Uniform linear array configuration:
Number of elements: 64
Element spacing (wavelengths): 0.5
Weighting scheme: uniform
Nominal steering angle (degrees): -45
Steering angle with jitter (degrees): -45.693
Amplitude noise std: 0.05
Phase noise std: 0.05

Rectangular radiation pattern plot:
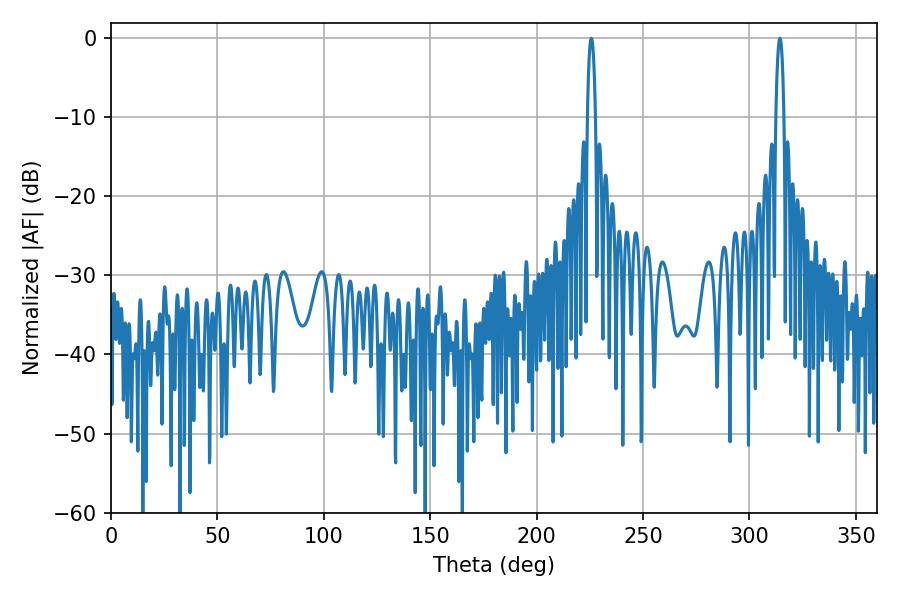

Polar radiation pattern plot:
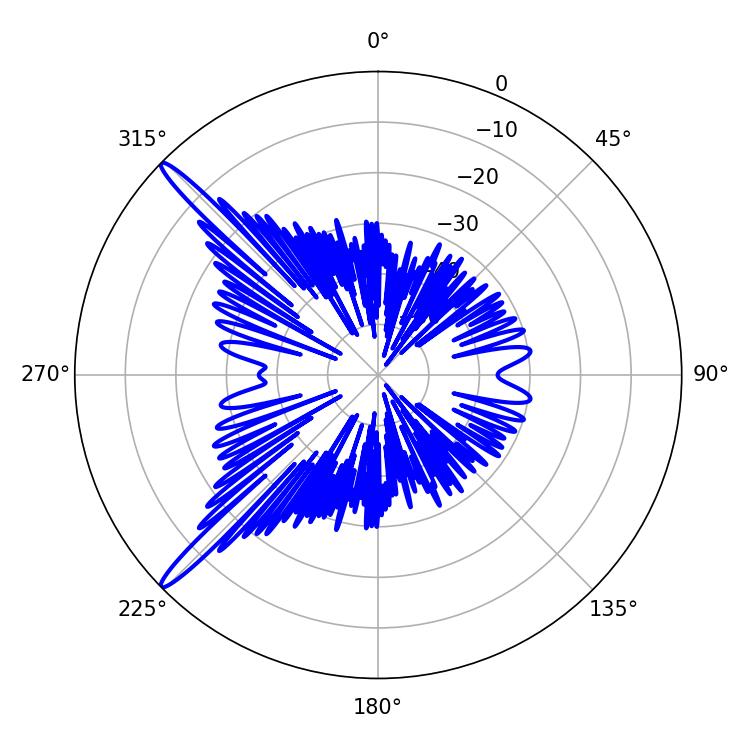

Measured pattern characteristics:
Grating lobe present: FALSE
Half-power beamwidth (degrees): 2.16
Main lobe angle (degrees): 225.72